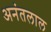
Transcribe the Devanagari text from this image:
अनंतलाल